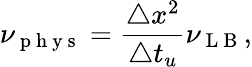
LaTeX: \nu_{\mathrm{~p~h~y~s~}}=\frac{\triangle x^{2}}{\triangle t_{u}}\nu_{\mathrm{~L~B~}},